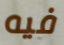
فيه